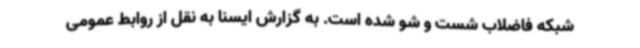
شبکه فاضلاب شست و شو شده است. به گزارش ایسنا به نقل از روابط عمومی